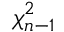
\chi _ { n - 1 } ^ { 2 }